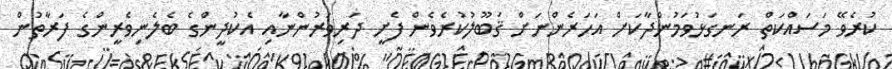
ކުރެވޭ މަސައްކަތް ރަނގަޅުވަމުންދާކަށް އަހަރެންނަށް ޤަބޫލުކުރެވެން ފެށީ ދަރިވަރުންނާއި އެކުދީންގެ ބެލެނިވެރީންގެ ފަރާތުން